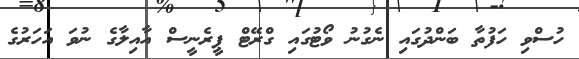
ހުސްވި ހަފުތާ ބަންދުގައި ނެގުނު ވޯޓުގައި ގްރޭޓް ޕީރެނީސް އާއިލާގެ ނުވަ އަހަރުގެ